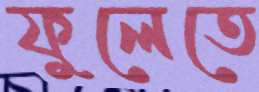
ফুলেতে